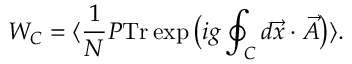
{ \cal W } _ { { \cal C } } = \langle \frac { 1 } { N } P \mathrm { T r } \exp \big ( i g \oint _ { { \cal C } } d \vec { x } \cdot \vec { A } \big ) \rangle .